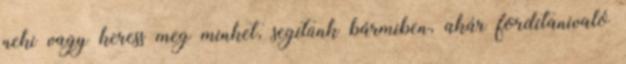
neki vagy keress meg minket, segítünk bármiben, akár fordítanivaló